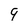
Character: 9